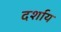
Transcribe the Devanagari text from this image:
दर्शाय